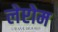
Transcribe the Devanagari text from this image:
लेप्टोम